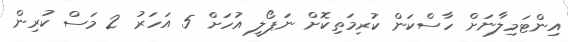
އިންޓަމިލާނަށް ހާސްކަން ކުރިމަތިކޮށް ނަޕޯލީ އުހަށް 5 އަހަރު 2 މަސް ކުރިން